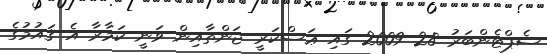
ސެޕްޓެންބަރު 28 2009 ގައި ޢަސްކަރީ ޖަންތާއިން ވަނީ ކަމާރާ އެ ޤައުމުގެ